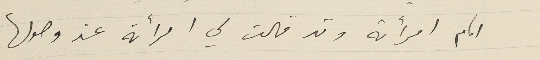
امام امرأته وقد قالت لي امرأته عند وصولها